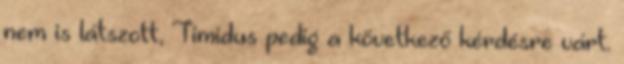
nem is látszott, Timidus pedig a következő kérdésre várt.